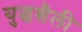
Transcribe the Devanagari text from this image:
युद्धशैली